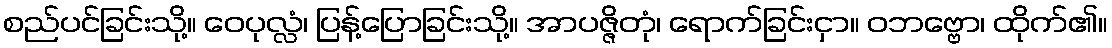
စည်ပင်ခြင်းသို့။ ဝေပုလ္လံ၊ ပြန့်ပြောခြင်းသို့။ အာပဇ္ဇိတုံ၊ ရောက်ခြင်းငှာ။ ဝဘဗ္ဗော၊ ထိုက်၏။